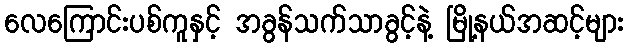
လေကြောင်းပစ်ကူနှင့် အခွန်သက်သာခွင့်နဲ့ မြို့နယ်အဆင့်များ